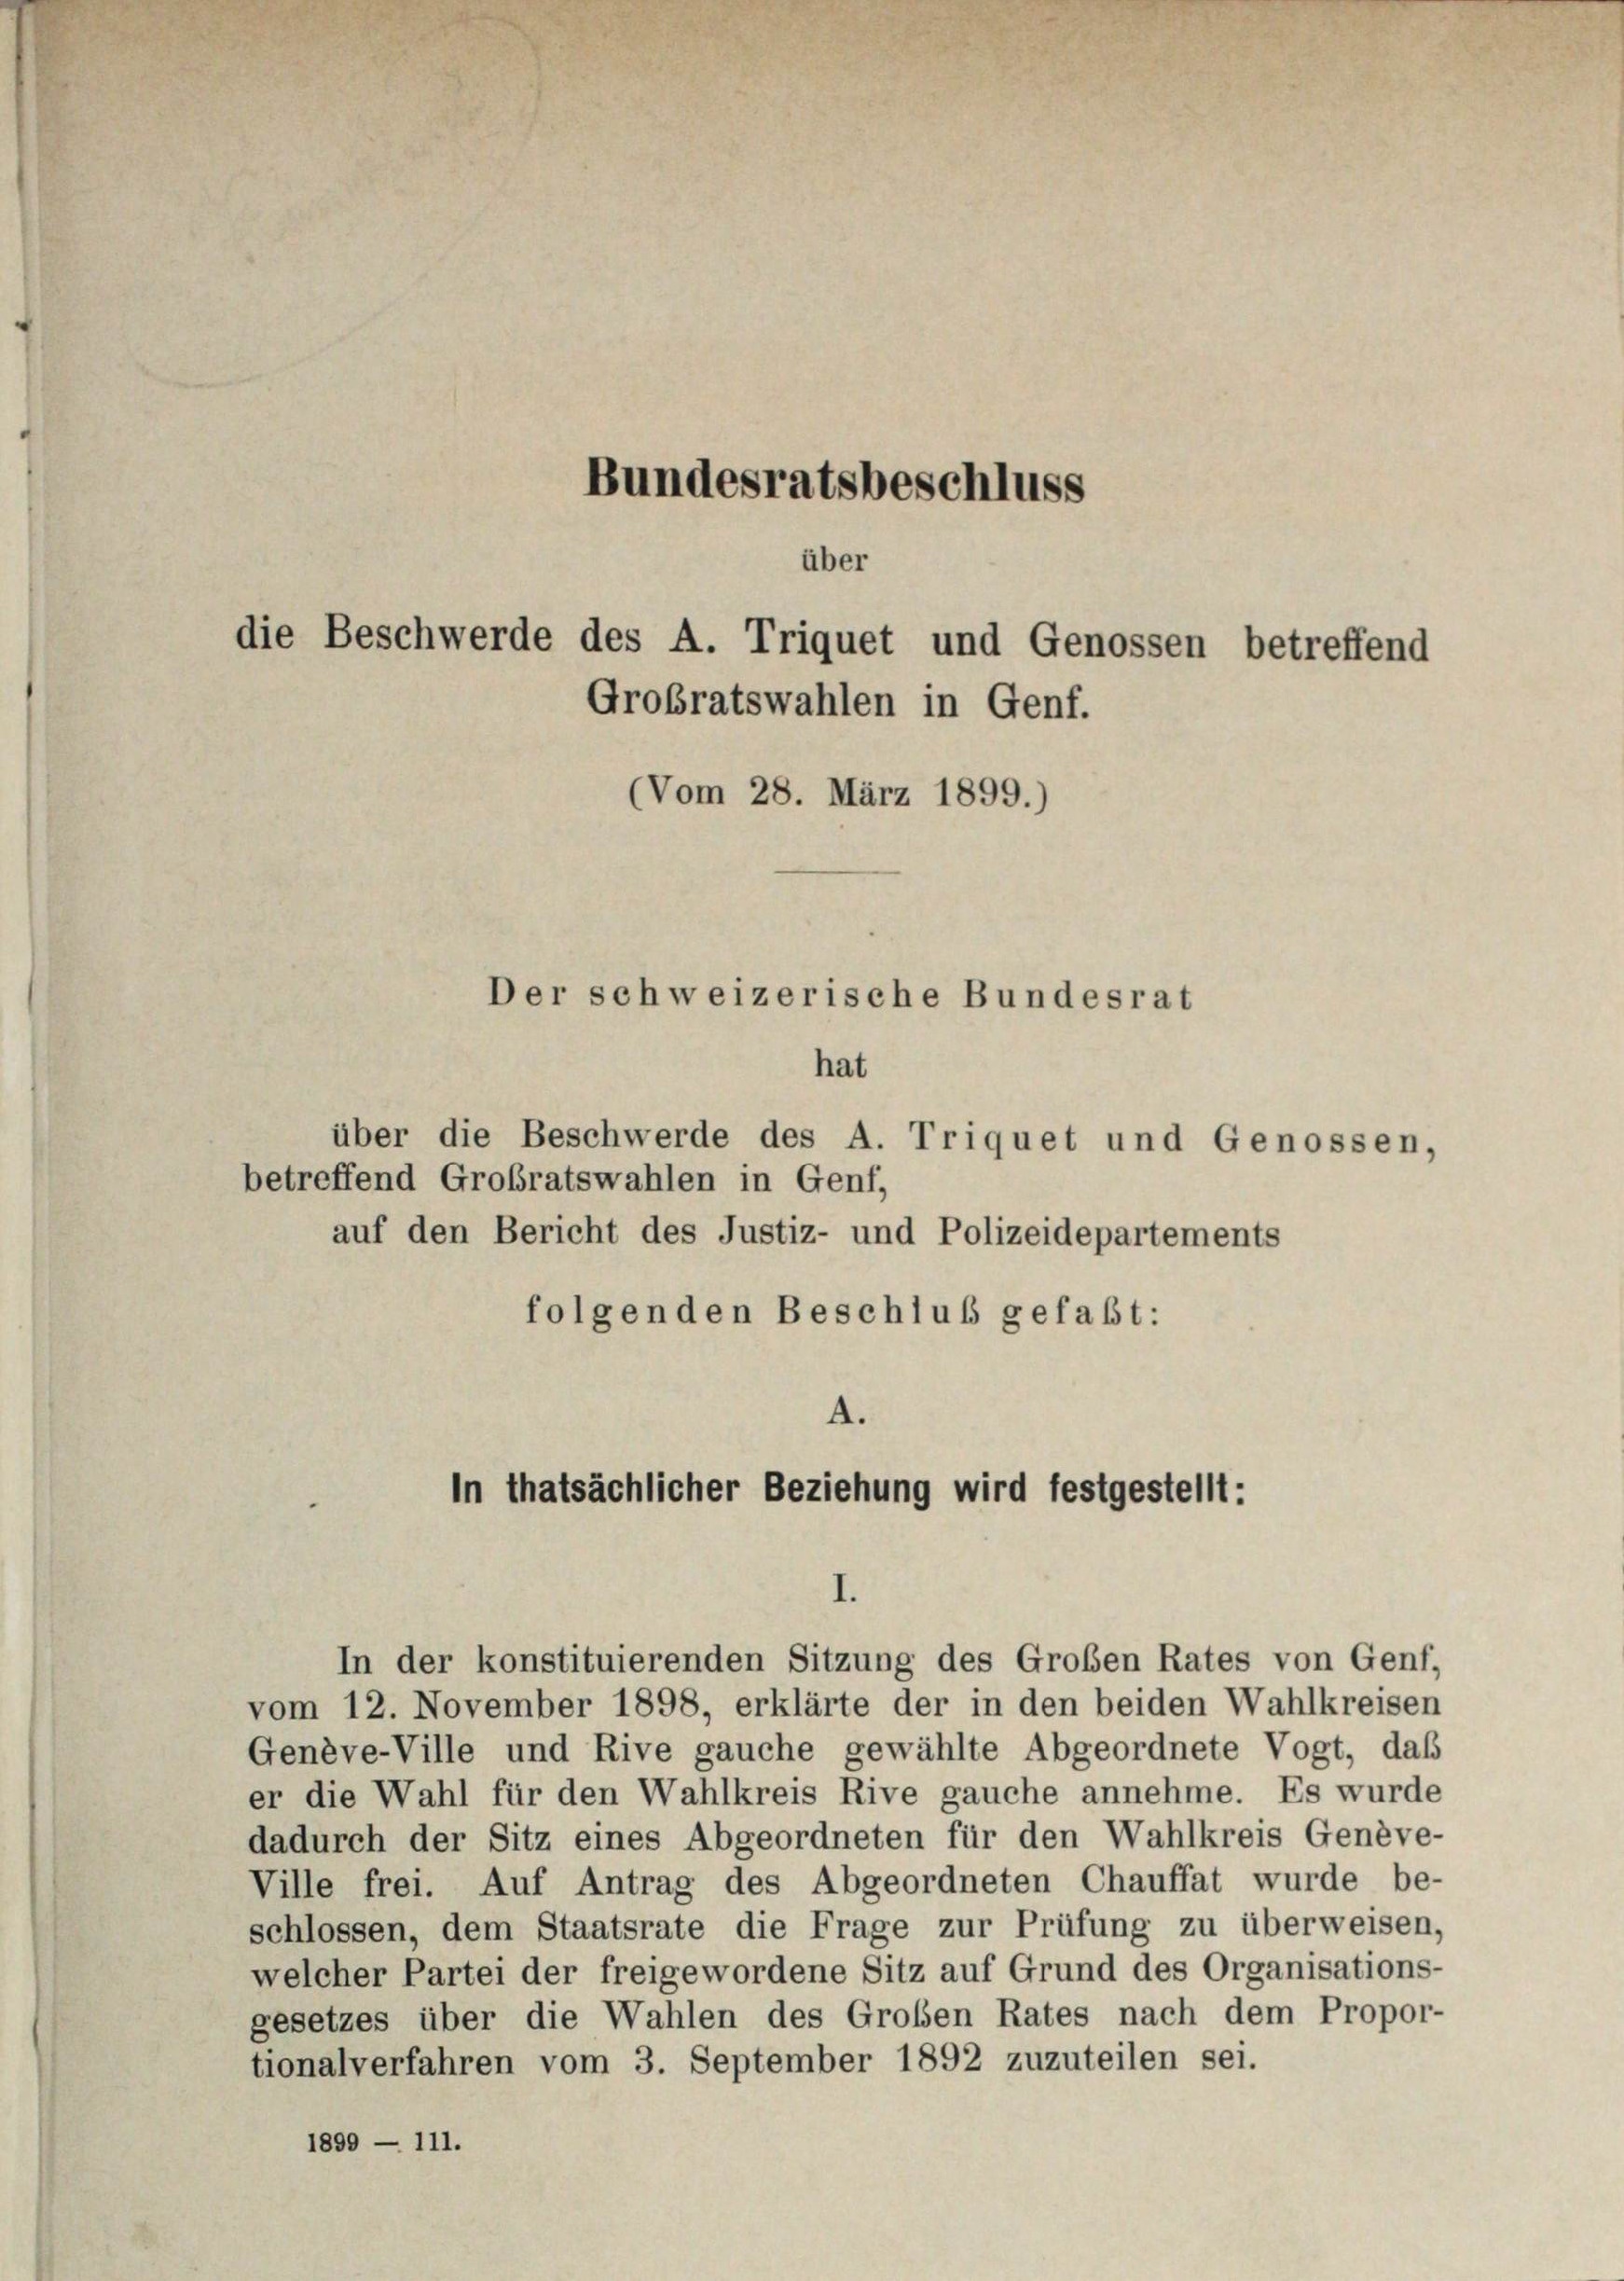
Bundesratsbeschluss

über
die Beschwerde des A. Triquet und Genossen betreffend
Grobratswahlen in Genf.
(Vom 28. März 1899.)

Der schweizerische Bundesrat

hat

über die Beschwerde des A. Triquet und Genossen,
betreffend Großratswahlen in Genf,
auf den Bericht des Justiz- und Polizeidepartements
folgenden Beschluß gefaßt:
A.
In thatsächlicher Beziehung wird festgestellt:

I.
In der konstituierenden Sitzung des Großen Rates von Genf,

vom 12. November 1898, erklärte der in den beiden Wahlkreisen
Genève-Ville und Rive gauche gewählte Abgeordnete Vogt, daß
er die Wahl für den Wahlkreis Rive gauche annehme. Es wurde
dadurch der Sitz eines Abgeordneten für den Wahlkreis Genève-
Ville frei. Auf Antrag des Abgeordneten Chauffat wurde be-
schlossen, dem Staatsrate die Frage zur Prüfung zu überweisen,
welcher Partei der freigewordene Sitz auf Grund des Organisations-
gesetzes über die Wahlen des Großen Rates nach dem Propor-
tionalverfahren vom 3. September 1892 zuzuteilen sei.
1899 — 111.